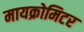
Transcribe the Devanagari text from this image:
मायक्रोमिटर